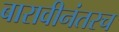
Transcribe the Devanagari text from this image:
बारावीनंतरच